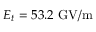
E _ { t } = 5 3 . 2 \mathrm { ~ G V / m }